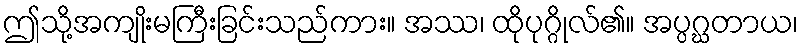
ဤသို့အကျိုးမကြီးခြင်းသည်ကား။ အဿ၊ ထိုပုဂ္ဂိုလ်၏။ အပ္ပဂ္ဃတာယ၊